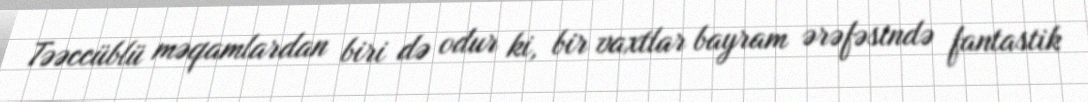
Təəccüblü məqamlardan biri də odur ki, bir vaxtlar bayram ərəfəsində fantastik